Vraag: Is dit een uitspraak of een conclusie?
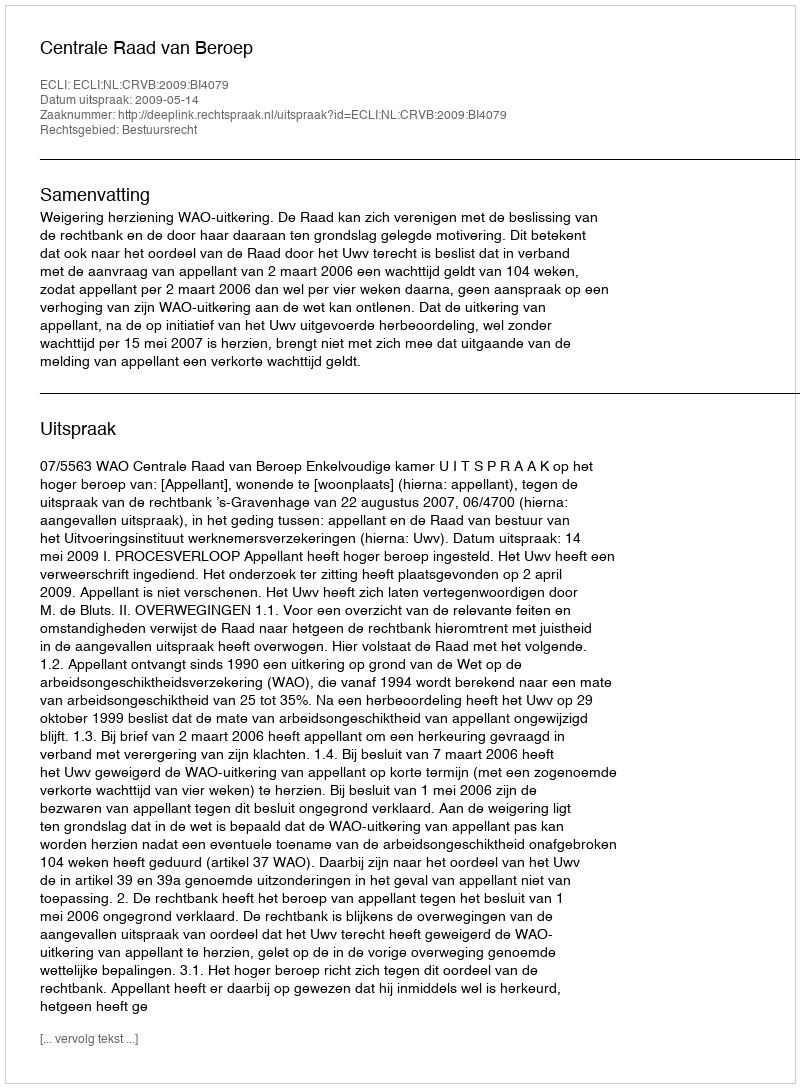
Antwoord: Uitspraak